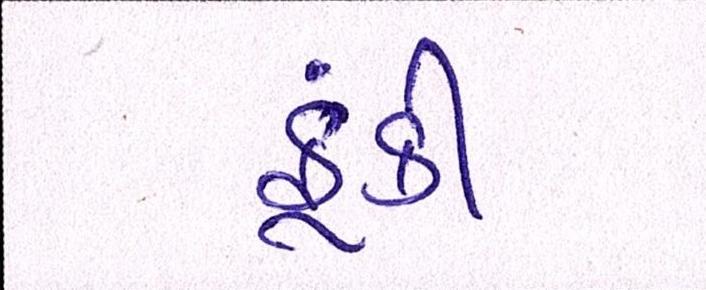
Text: ફૂંકી